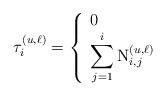
LaTeX: \begin{align*}\tau^{(u,\ell)}_{i} = \left\{ \begin{array}{l l} 0 & \\ \displaystyle\sum_{j=1}^{i} \mathrm{N}^{(u,\ell)}_{i,j} & \\ \end{array} \right.\end{align*}